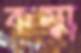
কম্ম